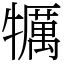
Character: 犡